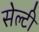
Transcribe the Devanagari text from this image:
सेल्टी